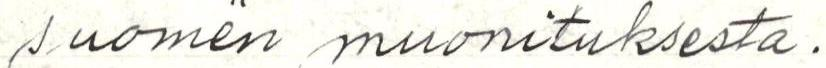
suomen muonituksesta.